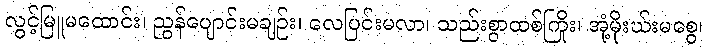
လွင့်မြူမထောင်း၊ ညွန်ပျောင်းမချဉ်း၊ လေပြင်းမလာ၊ သည်းစွာထစ်ကြိုး၊ အုံ့မိုးဃ်းမစွေ၊